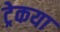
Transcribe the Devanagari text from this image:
ट्रेकया